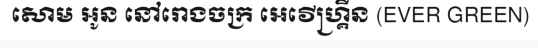
សោម អូន នៅរោងចក្រ អេវើហ្គ្រីន (EVER GREEN)